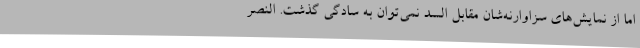
اما از نمایش‌های سزاوارنه‌شان مقابل السد نمی‌توان به سادگی گذشت. النصر